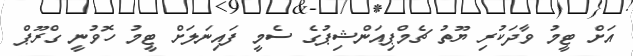
އަށް ޓީމު ވާދަކުރި ޔޫތު ޗެމްޕިއަންޝިޕުގެ ސެމީ ފައިނަލަށް ޓީމު ހޮވުނީ ގްރޫޕް